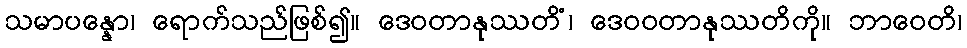
သမာပန္နော၊ ရောက်သည်ဖြစ်၍။ ဒေဝတာနုဿတိံ၊ ဒေဝဝတာနုဿတိကို။ ဘာဝေတိ၊